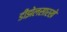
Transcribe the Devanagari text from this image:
डीझेलसारखे